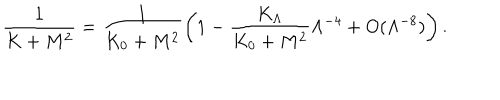
\frac { 1 } { K + M ^ { 2 } } = \frac { 1 } { K _ { 0 } + M ^ { 2 } } \left( 1 - \frac { K _ { \Lambda } } { K _ { 0 } + M ^ { 2 } } \Lambda ^ { - 4 } + O ( \Lambda ^ { - 8 } ) \right) .